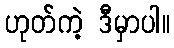
ဟုတ်ကဲ့ ဒီမှာပါ။